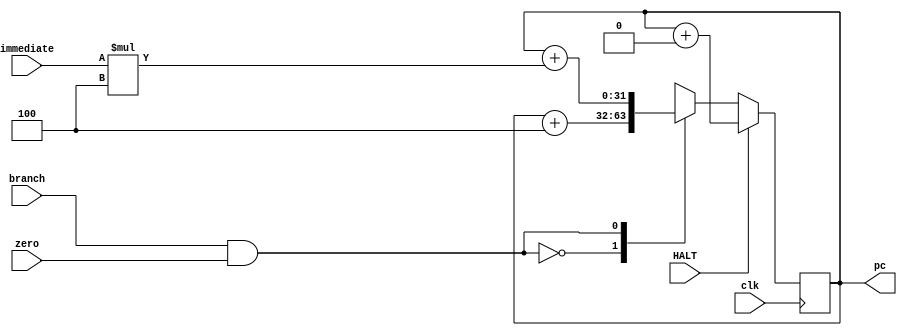
module pc_compute (
    input clk,                  // Clock input
    input [31:0] immediate,     // Immediate value for branching
    input branch,               // Branch flag
    input zero,                 // Zero flag
    input HALT,
    output reg [31:0] pc         // Program counter output
);
    initial begin
        pc = 0;
    end
    
    always @ (posedge clk) begin
        if (HALT != 1) begin
            case (branch & zero)
                1'b0: pc <= pc + 4;
                1'b1: pc <= pc + (immediate * 4);
                default: pc <= pc + 4;
            endcase
        end
        else begin
            pc <= pc + 0; // Increment by 0 when HALT is 1
        end
    end

endmodule